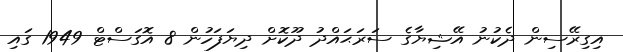
އިގިރޭސިން ދެކުނު އޭޝިޔާގެ ސަރަޙައްދު ދޫކޮށް ދިޔަފަހުން 8 އޮގަސްޓް 1949 ގައި